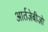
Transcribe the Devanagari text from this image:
आर्तज़ेबीज़ो